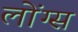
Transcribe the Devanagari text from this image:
लोंग्स